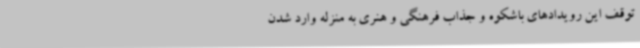
توقف این رویدادهای باشکوه و جذاب فرهنگی و هنری به منزله وارد شدن